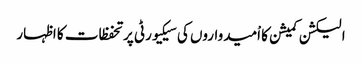
الیکشن کمیشن کا اْمیدواروں کی سیکیورٹی پر تحفظات کا اظہار